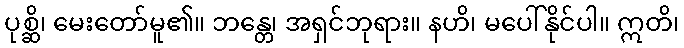
ပုစ္ဆိ၊ မေးတော်မူ၏။ ဘန္တေ၊ အရှင်ဘုရား။ နဟိ၊ မပေါ်နိုင်ပါ။ ဣတိ၊